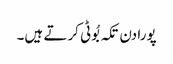
پورا دن تکہ بُوٹی کرتے ہیں۔